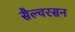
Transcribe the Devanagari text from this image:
सैल्वरसन